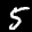
Label: 5